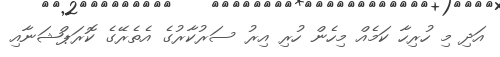
އަދި މި ހުރިހާ ކަމެއް މިހެން ހުރި އިރު ސަރުކާރުގެ އެތެރޭގެ ކޮރަޕްޝަނާއި